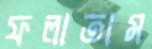
ফলাতাম